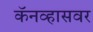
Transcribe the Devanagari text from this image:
कॅनव्हासवर